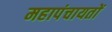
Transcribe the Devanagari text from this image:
महापंचायतों